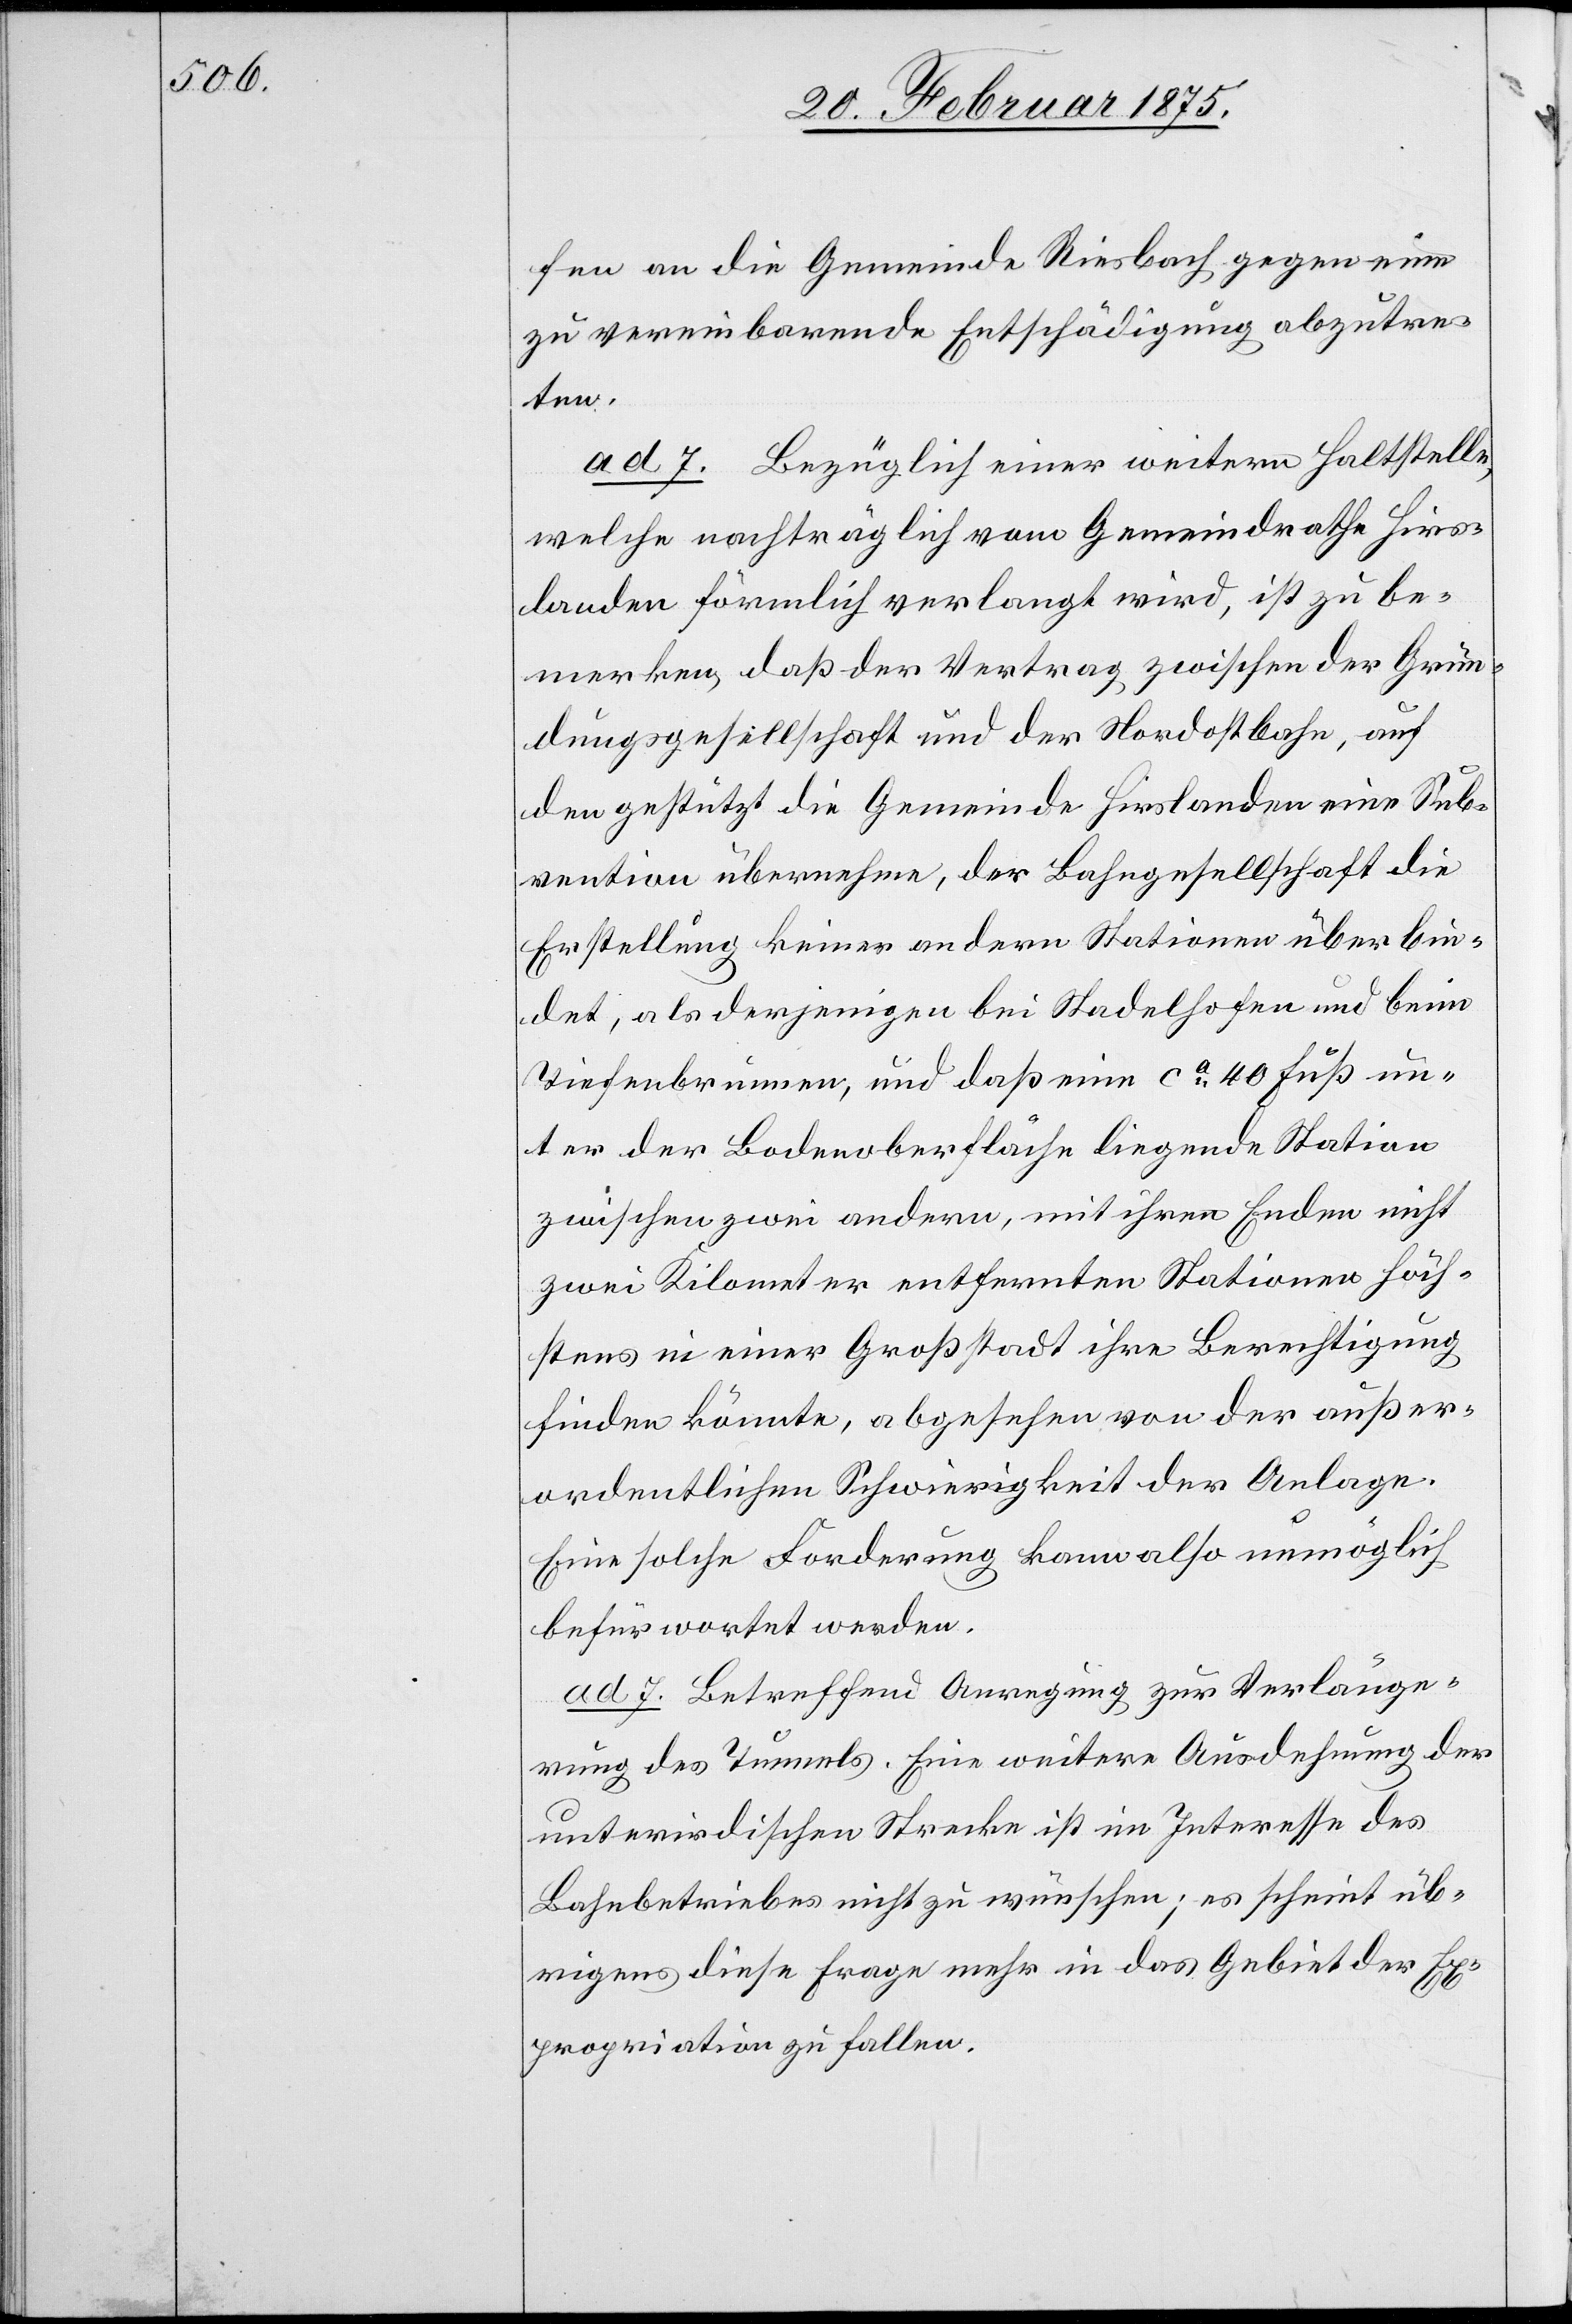
fen an die Gemeinde Riesbach gegen eine
zu vereinbarende Entschädigung abzutre¬
ten.
ad 7. Bezüglich einer weitern Haltstelle,
welche nachträglich vom Gemeindrathe Hirs¬
landen förmlich verlangt wird, ist zu be¬
merken, daß der Vertrag zwischen der Grün¬
dungsgesellschaft und der Nordostbahn, auf
den gestützt die Gemeinde Hirslanden eine Sub¬
vention übernehme, der Bahngesellschaft die
Erstellung keiner andern Stationen überbin¬
det, als derjenigen bei Stadelhofen und beim
Tiefenbrunnen, und daß eine ca 40 Fuß un¬
ter der Bodenoberfläche liegende Station
zwischen zwei andern, mit ihren Enden nicht
zwei Kilometer entfernten Stationen höch¬
stens in einer Großstadt ihre Berechtigung
finden könnte, abgesehen von der außer¬
ordentlichen Schwierigkeit der Anlage.
Eine solche Forderung kann also unmöglich
befürwortet werden.
ad 7. Betreffend Anregung zur Verlänge¬
rung des Tunnels. Eine weitere Ausdehnung der
unterirdischen Strecke ist im Interesse des
Bahnbetriebes nicht zu wünschen; es scheint üb¬
rigens diese Frage mehr in das Gebiet der Ex¬
propriation zu fallen.